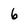
Character: 6